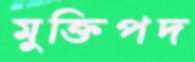
মুক্তিপদ